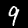
Label: 9